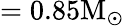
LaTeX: =0.85\mathrm{M_{\odot}}